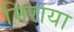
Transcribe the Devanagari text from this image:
मिराया